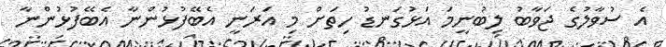
އެ ސުވާލުގެ ޖަވާބު ލިބުނީމަ އަޅުގަނޑު ހިތަށް މި އަރަނީ އެބޭފުޅުންނާ އެބޭފުޅުންނާ